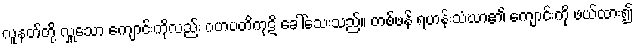
လူနတ်တို့ လှူသော ကျောင်းကိုလည်း ဂဟပတိကုဋိ ခေါ်သေးသည်။ တစ်ဖန် ရဟန်းသံဃာ၏ ကျောင်းကို ဖယ်ထား၍